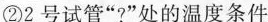
②2号试管”?”处的温度条件